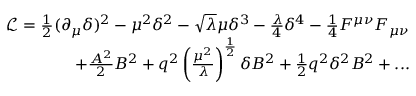
\begin{array} { r } { \mathcal { L } = \frac { 1 } { 2 } ( \partial _ { \mu } \delta ) ^ { 2 } - \mu ^ { 2 } \delta ^ { 2 } - \sqrt { \lambda } \mu \delta ^ { 3 } - \frac { \lambda } { 4 } \delta ^ { 4 } - \frac { 1 } { 4 } F ^ { \mu \nu } F _ { \mu \nu } } \\ { + \frac { A ^ { 2 } } { 2 } B ^ { 2 } + q ^ { 2 } \left( \frac { \mu ^ { 2 } } { \lambda } \right) ^ { \frac { 1 } { 2 } } \delta B ^ { 2 } + \frac { 1 } { 2 } q ^ { 2 } \delta ^ { 2 } B ^ { 2 } + . . . } \end{array}